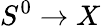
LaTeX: S^{0}\to X